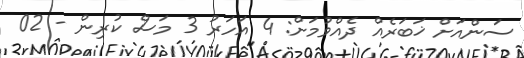
ސަންއަށް ޚަބަރެއް ދެއްވުމަށް: 4 އަހަރު 3 މަސް ކުރިން - 02